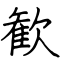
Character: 歓